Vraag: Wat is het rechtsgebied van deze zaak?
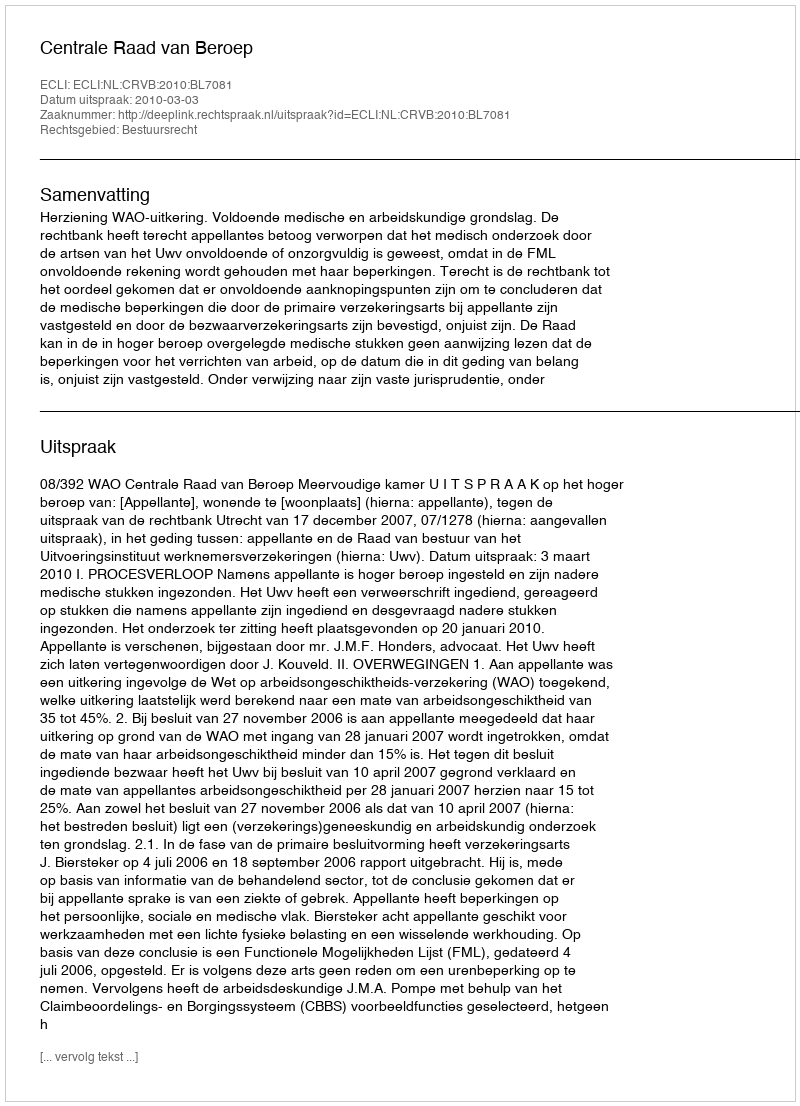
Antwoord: Bestuursrecht